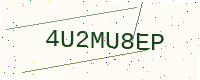
Text: 4U2MU8EP